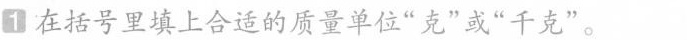
1在括号里填上合适的质量单位”克”或”千克”。